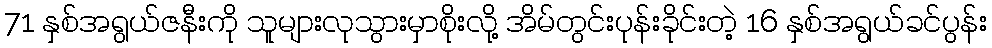
71 နှစ်အရွယ်ဇနီးကို သူများလုသွားမှာစိုးလို့ အိမ်တွင်းပုန်းခိုင်းတဲ့ 16 နှစ်အရွယ်ခင်ပွန်း